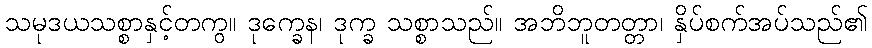
သမုဒယသစ္စာနှင့်တကွ။ ဒုက္ခေန၊ ဒုက္ခ သစ္စာသည်။ အဘိဘူတတ္တာ၊ နှိပ်စက်အပ်သည်၏